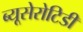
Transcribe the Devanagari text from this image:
ब्यूसेरोटिडी